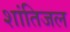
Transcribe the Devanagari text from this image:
शांतिजल